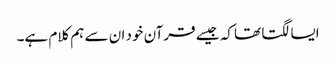
ایسا لگتا تھا کہ جیسے قرآن خود ان سے ہم کلام ہے۔